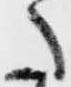
た